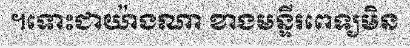
។ទោះជាយ៉ាងណា ខាងមន្ទីរពេទ្យមិន